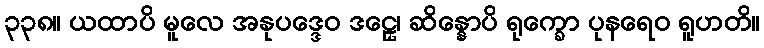
၃၃၈။ ယထာပိ မူလေ အနုပဒ္ဒေဝ ဒဠှေ၊ ဆိန္နောပိ ရုက္ခော ပုနရေဝ ရူဟတိ။